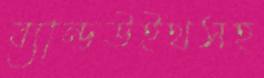
ব্যান্ডউইথসহ